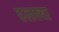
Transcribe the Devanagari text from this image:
हलक्‍या